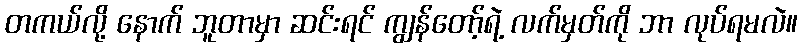
တကယ်လို့ နောက် ဘူတာမှာ ဆင်းရင် ကျွန်တော့်ရဲ့ လက်မှတ်ကို ဘာ လုပ်ရမလဲ။